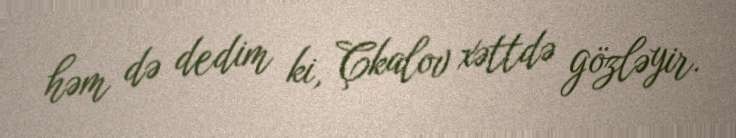
həm də dedim ki, Çkalov xəttdə gözləyir.